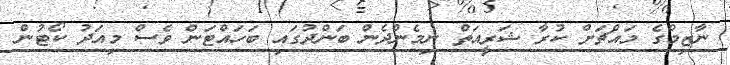
ނާޒިމްގެ މައްޗަށް ކުރާ ޝަރީއަތް ނިމެންދެން ބަންދުގައި ބަހައްޓަން ވެސް މިއަދު ކޯޓުން